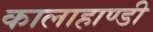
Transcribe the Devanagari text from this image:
कालाहाण्डी